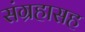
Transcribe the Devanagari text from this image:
संग्रहासह